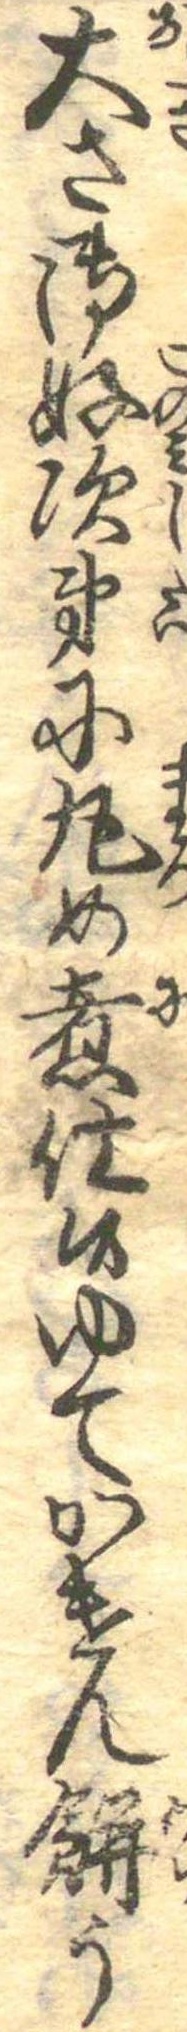
大さ御好次第に丸め煮仕候ゆてかけん餅う